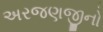
અરજણજીનો